Vaccination in Burma 1920-1933 - 1920-1933
Year: 1920
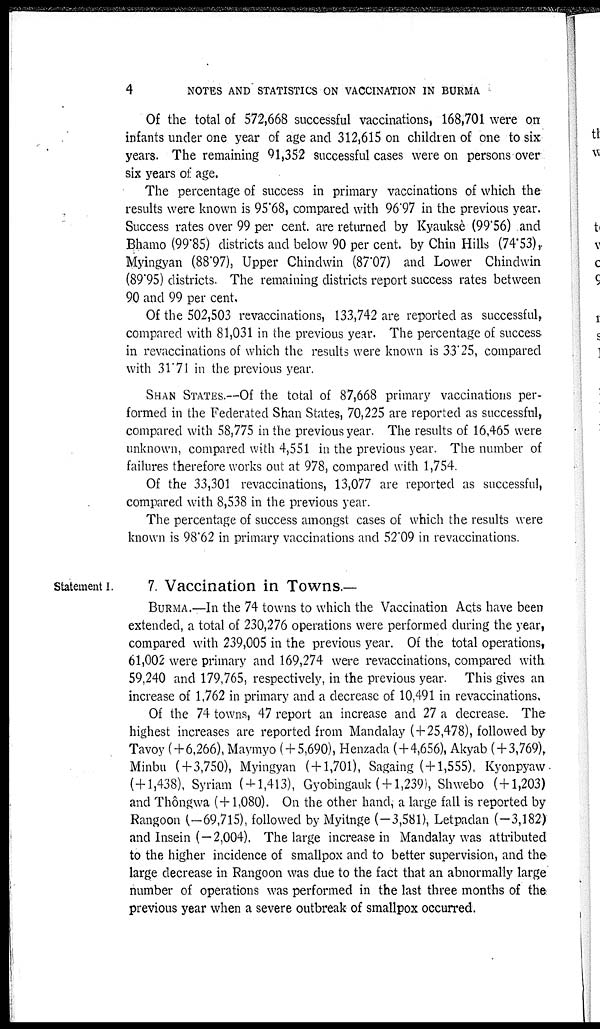
4
NOTES AND STATISTICS ON VACCINATION IN BURMA
Of the total of 572,668 successful vaccinations, 168,701 were on
infants under one year of age and 312,615 on children of one to six
years. The remaining 91,352 successful cases were on persons over
six years of age.
The percentage of success in primary vaccinations of which the
results were known is 95.68, compared with 96.97 in the previous year.
Success rates over 99 per cent. are returned by Kyauksè (99.56) and
Bhamo (99.85) districts and below 90 per cent. by Chin Hills (74.53),
Myingyan (88.97), Upper Chindwin (87.07) and Lower Chindwin
(89.95) districts. The remaining districts report success rates between
90 and 99 per cent.
Of the 502,503 revaccinations, 133,742 are reported as successful,
compared with 81,031 in the previous year. The percentage of success
in revaccinations of which the results were known is 33.25, compared
with 31.71 in the previous year.
SHAN STATES.—Of the total of 87,668 primary vaccinations per-
formed in the Federated Shan States, 70,225 are reported as successful,
compared with 58,775 in the previous year. The results of 16,465 were
unknown, compared with 4,551 in the previous year. The number of
failures therefore works out at 978, compared with 1,754.
Of the 33,301 revaccinations, 13,077 are reported as successful,
compared with 8,538 in the previous year.
The percentage of success amongst cases of which the results were
known is 98.62 in primary vaccinations and 52.09 in revaccinations.
Statement I.
7. Vaccination in Towns.—
BURMA.—In the 74 towns to which the Vaccination Acts have been
extended, a total of 230,276 operations were performed during the year,
compared with 239,005 in the previous year. Of the total operations,
61,002 were primary and 169,274 were revaccinations, compared with
59,240 and 179,765, respectively, in the previous year. This gives an
increase of 1,762 in primary and a decrease of 10,491 in revaccinations.
Of the 74 towns, 47 report an increase and 27 a decrease. The
highest increases are reported from Mandalay ( + 25,478), followed by
Tavoy ( + 6,266), Maymyo ( + 5,690), Henzada (+4,656), Akyab (+3,769),
Minbu ( + 3,750), Myingyan (+1,701), Sagaing (+1,555), Kyonpyaw
(+1,438), Syriam (+1,413), Gyobingauk ( + 1,239), Shwebo ( + 1,203)
and Thôngwa (+1,080). On the other hand, a large fall is reported by
Rangoon (-69,715), followed by Myitnge (-3,581), Letpadan (-3,182)
and Insein (—2,004), The large increase in Mandalay was attributed
to the higher incidence of smallpox and to better supervision, and the
large decrease in Rangoon was due to the fact that an abnormally large
number of operations was performed in the last three months of the
previous year when a severe outbreak of smallpox occurred.